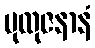
ပုထုဇနာနံ